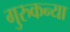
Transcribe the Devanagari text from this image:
गुरुकन्या